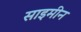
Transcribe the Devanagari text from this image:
साइमीन